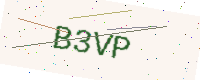
Text: B3VP